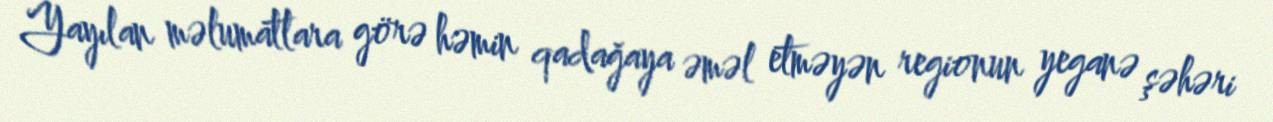
Yayılan məlumatlara görə həmin qadağaya əməl etməyən regionun yeganə şəhəri